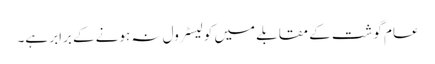
عام گوشت کے مقابلے میں کولیسٹرول نہ ہونے کے برابر ہے۔